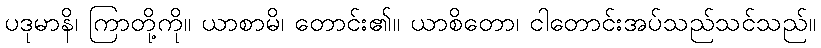
ပဒုမာနိ၊ ကြာတို့ကို။ ယာစာမိ၊ တောင်း၏။ ယာစိတော၊ ငါတောင်းအပ်သည်သင်သည်။